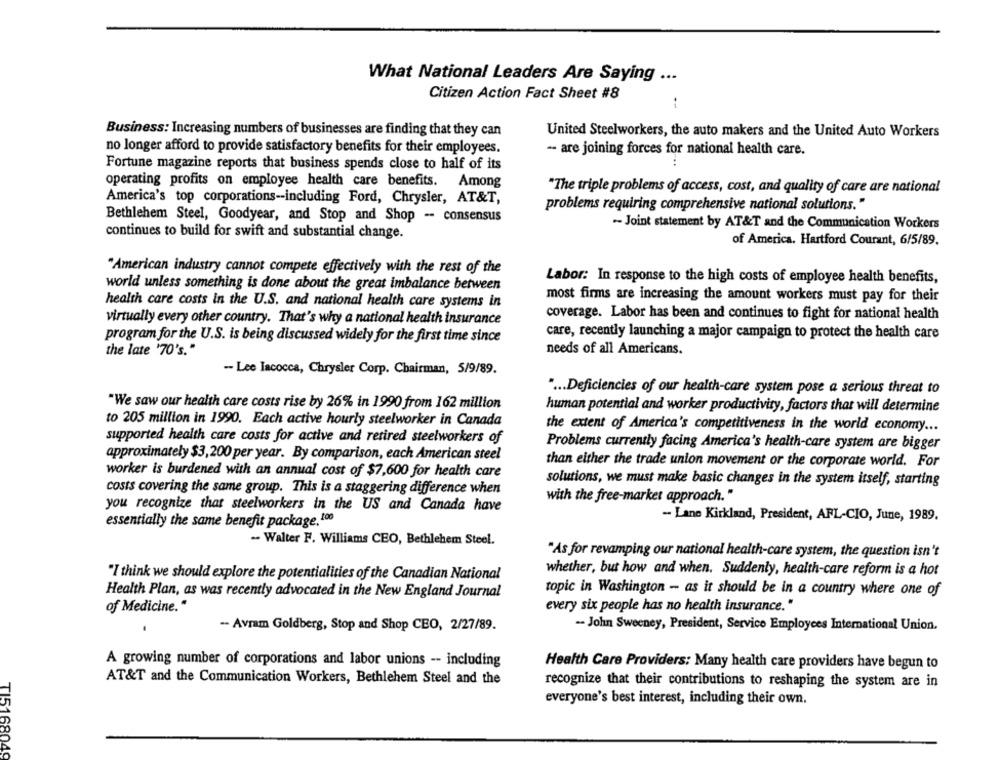
What National Leaders Are Saying ...
Citizen Action Fact Sheet #8
Business: Increasing numbers of businesses are finding that they can
United Steelworkers, the auto makers and the United Auto Workers
no longer afford to provide satisfactory benefits for their employees.
-- are joining forces for national health care.
Fortune magazine reports that business spends close to half of its
..
operating profits on employee health care benefits. Among
"The triple problems of access, cost, and quality of care are national
America's top corporations -- including Ford, Chrysler, AT&T,
problems requiring comprehensive national solutions."
Bethlehem Steel, Goodyear, and Stop and Shop -- consensus
- Joint statement by AT&T and the Communication Workers
continues to build for swift and substantial change.
of America. Hartford Courant, 6/5/89.
"American industry cannot compete effectively with the rest of the
Labor: In response to the high costs of employee health benefits,
world unless something is done about the great imbalance between
health care costs in the U.S. and national health care systems in
most firms are increasing the amount workers must pay for their
coverage. Labor has been and continues to fight for national health
virtually every other country. That's why a national health insurance
care, recently launching a major campaign to protect the health care
program for the U.S. is being discussed widely for the first time since
the late '70's."
needs of all Americans.
- Lee Iacocca, Chrysler Corp. Chairman, 5/9/89.
" ... Deficiencies of our health-care system pose a serious threat to
"We saw our health care costs rise by 26% in 1990 from 162 million
human potential and worker productivity, factors that will determine
to 205 million in 1990. Each active hourly steelworker in Canada
the extent of America's competitiveness in the world economy ...
supported health care costs for active and retired steelworkers of
Problems currently facing America's health-care system are bigger
approximately $3,200 per year. By comparison, each American steel
than either the trade union movement or the corporate world. For
worker is burdened with an annual cost of $7,600 for health care
solutions, we must make basic changes in the system itself, starting
costs covering the same group. This is a staggering difference when
with the free-market approach."
you recognize that steelworkers in the US and Canada have
- Lane Kirkland, President, AFL-CIO, June, 1989.
essentially the same benefit package, 100
- Walter F. Williams CEO, Bethlehem Steel.
"As for revamping our national health-care system, the question isn't
"I think we should explore the potentialities of the Canadian National
whether, but how and when. Suddenly, health-care reform is a hot
Health Plan, as was recently advocated in the New England Journal
topic in Washington - as it should be in a country where one of
of Medicine."
every six people has no health insurance."
- Avram Goldberg, Stop and Shop CEO, 2/27/89.
-- John Sweeney, President, Service Employees International Union.
A growing number of corporations and labor unions -- including
Health Care Providers: Many health care providers have begun to
AT&T and the Communication Workers, Bethlehem Steel and the
recognize that their contributions to reshaping the system are in
everyone's best interest, including their own.
TI5168049